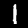
Label: 1